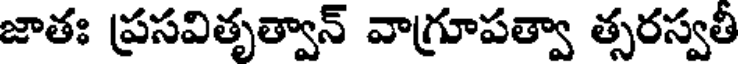
జాతః ప్రసవితృత్వాన్ వాగ్రూపత్వా త్సరస్వతీ